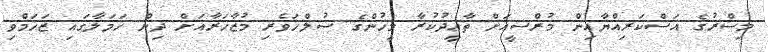
މިސްރުގެ އަސްކަރިއްޔާއިން މުރްސީއަށް ތާޢީދުކުރާ މީހުންގެ ސުލްހަވެރި މުޒާހަރާއަށް ދިން ހަމަލާގައި ޒަޚަމްވި